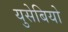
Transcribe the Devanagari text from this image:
युसेबियो